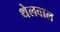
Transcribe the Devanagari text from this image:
थेलवाल